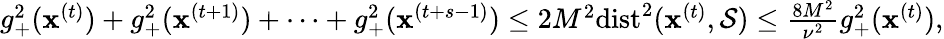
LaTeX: \begin{array}{r}{g_{+}^{2}({\mathbf x}^{(t)})+g_{+}^{2}({\mathbf x}^{(t+1)})+\cdots+g_{+}^{2}({\mathbf x}^{(t+s-1)})\leq 2M^{2}\mathrm{dist}^{2}({\mathbf x}^{(t)},\mathcal{S})\leq\frac{8M^{2}}{\nu^{2}}g_{+}^{2}({\mathbf x}^{(t)}),}\end{array}